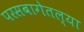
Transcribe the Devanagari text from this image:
परसबागेतल्या